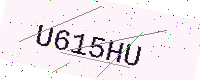
Text: U615HU